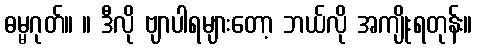
ဓမ္မဂုတ်။ ။ ဒီလို ဗျာပါရများတော့ ဘယ်လို အကျိုးရတုန်း။